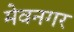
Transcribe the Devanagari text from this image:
मेवनगर